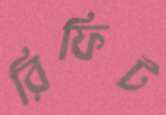
রিফিট